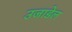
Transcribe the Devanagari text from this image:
उजाडेल